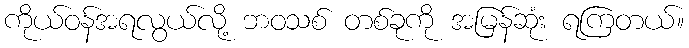
ကိုယ်ဝန်အရလွယ်လို့ ဘဝသစ် တစ်ခုကို အမြန်ဆုံး ရကြတယ်။